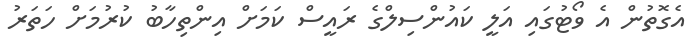
އެގޮތުން އެ ވޯޓުގައި އަލީ ކައުންސިލްގެ ރައީސް ކަމަށް އިންތިހާބު ކުރުމަށް ހަތަރު